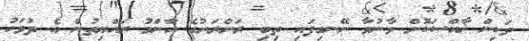
ވަކިން ޚާއްސަކޮށް ވާނުވާ ނޭނގިފައި ތިބި ރަށްރަށުގެ އާންމު ރައްޔިތުން އެ ދުވަހު